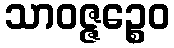
သာဝဇ္ဇဉ္စေဝ